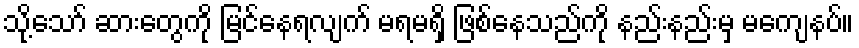
သို့သော် ဆားတွေကို မြင်နေရလျက် မရမရှိ ဖြစ်နေသည်ကို နည်းနည်းမှ မကျေနပ်။